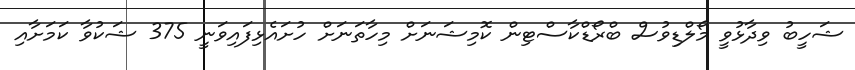
ޝަހީބު ވިދާޅުވީ މޯލްޑިވުސް ބްރޯޑްކާސްޓިން ކޮމިޝަނަށް މިހާތަނަށް ހުށައެޅިފައިވަނީ 375 ޝަކުވާ ކަމަށާއި